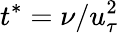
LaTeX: t^{*}=\nu/u_{\tau}^{2}